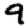
Digit: 9